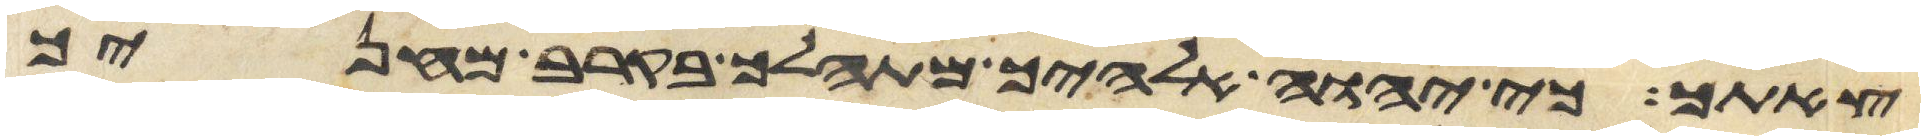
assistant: צאתך כי יהוה אלהיך מתהלך בקרב מחניך